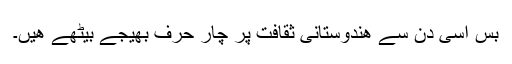
بس اسی دن سے ھندوستانی ثقافت پر چار حرف بھیجے بیٹھے ھیں۔